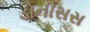
ડોનીસસ